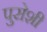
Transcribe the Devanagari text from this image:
पुसेशी